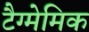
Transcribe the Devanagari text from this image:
टैग्मेमिक